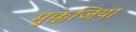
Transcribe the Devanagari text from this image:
मुक्कजिया